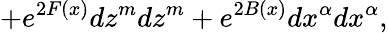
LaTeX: +e^{2F(x)}dz^{m}dz^{m}+e^{2B(x)}dx^{\alpha}dx^{\alpha},